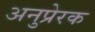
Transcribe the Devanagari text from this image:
अनुप्रेरक